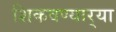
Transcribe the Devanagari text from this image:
शिकवण्यार्‍या